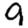
Digit: 9